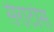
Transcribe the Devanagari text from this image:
सेराटोस